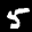
Label: 5